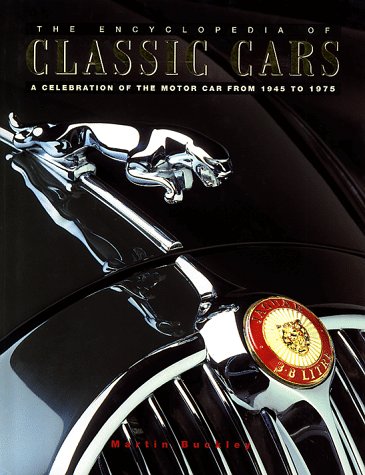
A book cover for The Encyclopedia of Classic Cars: A Celebration of the Motorcar from 1945 to 1975; Martin Buckley; Engineering & Transportation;